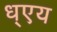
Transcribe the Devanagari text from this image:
ध्एय